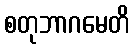
စတုဘာဂမေတိ